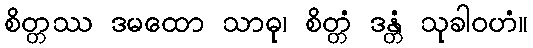
စိတ္တဿ ဒမထော သာဓု၊ စိတ္တံ ဒန္တံ သုခါဝဟံ။